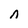
Character: n